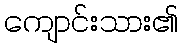
ကျောင်းသား၏